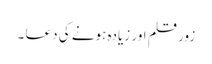
زور قلم اور زیادہ ہونے کی دعا ۔